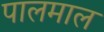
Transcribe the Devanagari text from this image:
पालमाल